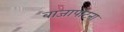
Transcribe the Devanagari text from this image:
बाजापोटना